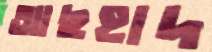
আছহাদ